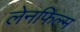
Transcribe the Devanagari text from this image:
लेनफिल्म